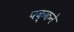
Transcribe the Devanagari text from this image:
पक्कने